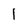
Character: 1